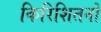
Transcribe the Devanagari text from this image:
किरिशितनों